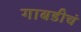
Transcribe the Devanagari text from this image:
गाबडीचं